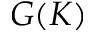
G ( K )